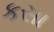
કસા